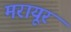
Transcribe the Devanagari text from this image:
मरायूर